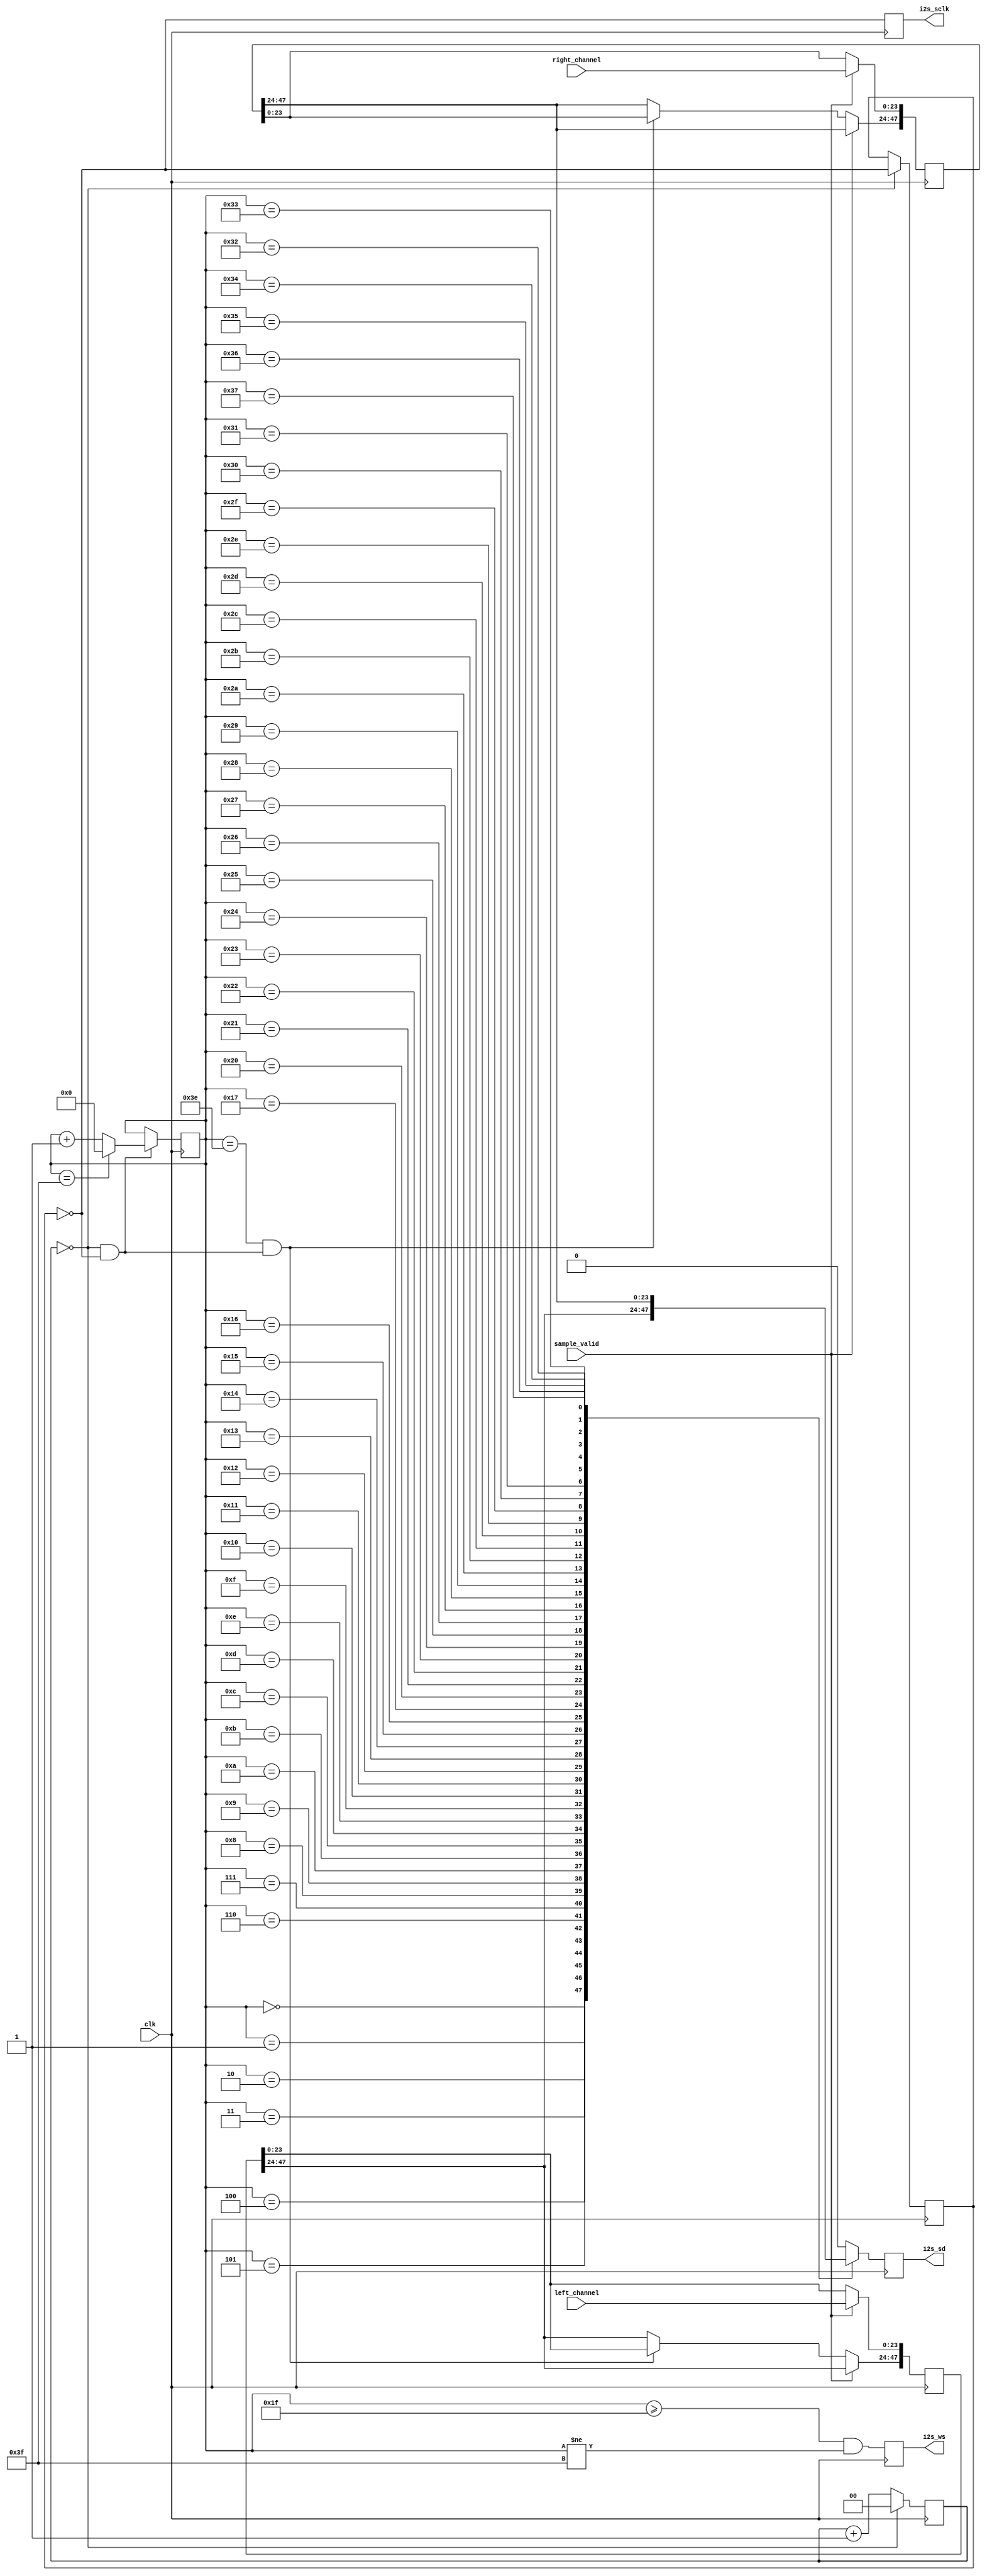
`default_nettype none
module i2s (
	clk,
	sample_valid,
	left_channel,
	right_channel,
	i2s_sclk,
	i2s_ws,
	i2s_sd
);
	reg _sv2v_0;
	input wire clk;
	input wire sample_valid;
	localparam opl3_pkg_DAC_OUTPUT_WIDTH = 24;
	input wire [23:0] left_channel;
	input wire [23:0] right_channel;
	output reg i2s_sclk = 0;
	output reg i2s_ws = 0;
	output reg i2s_sd = 0;
	localparam BITS_PER_FRAME = 64;
	localparam opl3_pkg_ACTUAL_SAMPLE_FREQ = 49715;
	localparam SCLK_FREQ = 3181760;
	localparam opl3_pkg_CLK_FREQ = 12727000;
	localparam signed [31:0] SCLK_DIV = $ceil(1);
	reg i2s_sclk_en;
	reg [$clog2(SCLK_DIV) - 1:0] i2s_sclk_counter = 0;
	reg [5:0] bit_counter = 0;
	reg [47:0] left_channel_r = 0;
	reg [47:0] right_channel_r = 0;
	reg i2s_sclk_p0 = 0;
	always @(posedge clk)
		if (sample_valid) begin
			left_channel_r[0+:24] <= left_channel;
			right_channel_r[0+:24] <= right_channel;
		end
		else if ((bit_counter == 62) && i2s_sclk_en) begin
			left_channel_r[24+:24] <= left_channel_r[0+:24];
			right_channel_r[24+:24] <= right_channel_r[0+:24];
		end
	always @(posedge clk)
		if (i2s_sclk_counter == (SCLK_DIV - 1))
			i2s_sclk_counter <= 0;
		else
			i2s_sclk_counter <= i2s_sclk_counter + 1;
	always @(posedge clk)
		if (i2s_sclk_counter == (SCLK_DIV - 1))
			i2s_sclk_p0 <= !i2s_sclk_p0;
	always @(posedge clk) i2s_sclk <= !i2s_sclk_p0;
	always @(*) begin
		if (_sv2v_0)
			;
		i2s_sclk_en = (i2s_sclk_counter == (SCLK_DIV - 1)) && !i2s_sclk_p0;
	end
	always @(posedge clk)
		if (i2s_sclk_en) begin
			if (bit_counter == 63)
				bit_counter <= 0;
			else
				bit_counter <= bit_counter + 1;
		end
	always @(posedge clk) i2s_ws <= (bit_counter >= 31) && (bit_counter != 63);
	always @(posedge clk)
		(* full_case, parallel_case *)
		case (bit_counter)
			0: i2s_sd <= left_channel_r[47];
			1: i2s_sd <= left_channel_r[46];
			2: i2s_sd <= left_channel_r[45];
			3: i2s_sd <= left_channel_r[44];
			4: i2s_sd <= left_channel_r[43];
			5: i2s_sd <= left_channel_r[42];
			6: i2s_sd <= left_channel_r[41];
			7: i2s_sd <= left_channel_r[40];
			8: i2s_sd <= left_channel_r[39];
			9: i2s_sd <= left_channel_r[38];
			10: i2s_sd <= left_channel_r[37];
			11: i2s_sd <= left_channel_r[36];
			12: i2s_sd <= left_channel_r[35];
			13: i2s_sd <= left_channel_r[34];
			14: i2s_sd <= left_channel_r[33];
			15: i2s_sd <= left_channel_r[32];
			16: i2s_sd <= left_channel_r[31];
			17: i2s_sd <= left_channel_r[30];
			18: i2s_sd <= left_channel_r[29];
			19: i2s_sd <= left_channel_r[28];
			20: i2s_sd <= left_channel_r[27];
			21: i2s_sd <= left_channel_r[26];
			22: i2s_sd <= left_channel_r[25];
			23: i2s_sd <= left_channel_r[24];
			32: i2s_sd <= right_channel_r[47];
			33: i2s_sd <= right_channel_r[46];
			34: i2s_sd <= right_channel_r[45];
			35: i2s_sd <= right_channel_r[44];
			36: i2s_sd <= right_channel_r[43];
			37: i2s_sd <= right_channel_r[42];
			38: i2s_sd <= right_channel_r[41];
			39: i2s_sd <= right_channel_r[40];
			40: i2s_sd <= right_channel_r[39];
			41: i2s_sd <= right_channel_r[38];
			42: i2s_sd <= right_channel_r[37];
			43: i2s_sd <= right_channel_r[36];
			44: i2s_sd <= right_channel_r[35];
			45: i2s_sd <= right_channel_r[34];
			46: i2s_sd <= right_channel_r[33];
			47: i2s_sd <= right_channel_r[32];
			48: i2s_sd <= right_channel_r[31];
			49: i2s_sd <= right_channel_r[30];
			50: i2s_sd <= right_channel_r[29];
			51: i2s_sd <= right_channel_r[28];
			52: i2s_sd <= right_channel_r[27];
			53: i2s_sd <= right_channel_r[26];
			54: i2s_sd <= right_channel_r[25];
			55: i2s_sd <= right_channel_r[24];
			default: i2s_sd <= 0;
		endcase
	initial _sv2v_0 = 0;
endmodule
`default_nettype wire